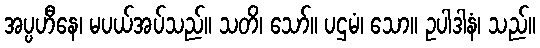
အပ္ပဟီနေ၊ မပယ်အပ်သည်။ သတိ၊ သော်။ ပဌမံ၊ သော။ ဥပါဒါနံ၊ သည်။